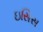
ઇસિસ